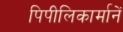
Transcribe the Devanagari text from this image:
पिपीलिकार्मानें